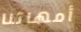
أمهاتنا